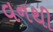
વનથી